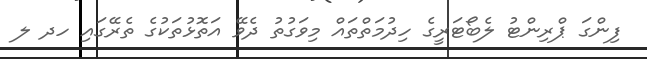
ފިންގަ ޕްރިންޓު ލެބޯޓަރީގެ ހިދުމަތްތައް މިވަގުތު ދެވޭ އަތޮޅުތަކުގެ ތެރޭގައި ހދ ލ